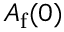
A _ { \mathrm { { f } } } ( 0 )